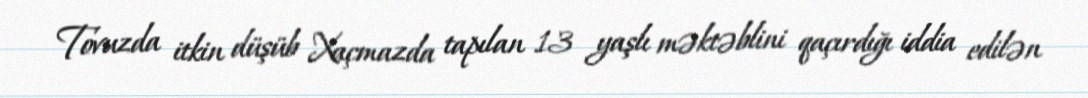
Tovuzda itkin düşüb Xaçmazda tapılan 13 yaşlı məktəblini qaçırdığı iddia edilən